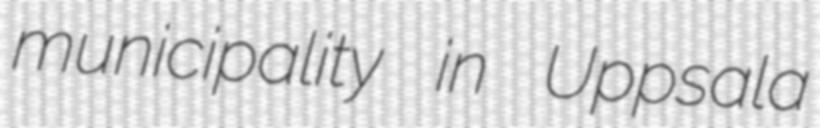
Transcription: municipality in Uppsala